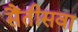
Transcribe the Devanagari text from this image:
सैंतीसवा